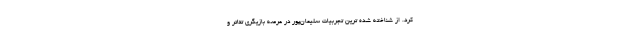
کرد. از شناخته شده ترین تجربیات سلیمان‌پور در عرصه بازیگری تئاتر و